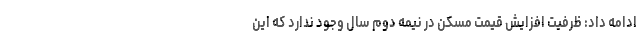
ادامه داد: ظرفیت افزایش قیمت مسکن در نیمه دوم سال وجود ندارد که این